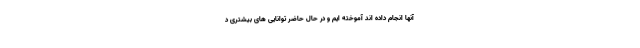
آنها انجام داده اند آموخته ایم و در حال حاضر توانایی های بیشتری د